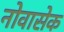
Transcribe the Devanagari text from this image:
नोवासेक